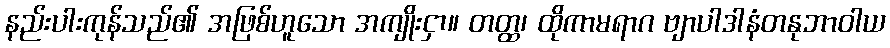
နည်းပါးကုန်သည်၏ အဖြစ်ဟူသော အကျိုးငှာ။ တတ္ထ၊ ထိုကာမရာဂ ဗျာပါဒါနံတနုဘာဝါယ